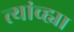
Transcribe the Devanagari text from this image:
त्यांच्ह्या